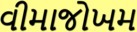
વીમાજોખમ